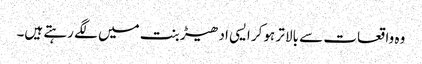
وہ واقعات سے بالا تر ہوکر ایسی ادھیڑ بنت میں لگے رہتے ہیں۔